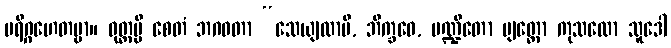
ပရိဂ္ဂဟေတဗ္ဗာ။ ဝုတ္တမ္ပိ စေတံ ဘဂဝတာ “သေယျထာပိ, ဘိက္ခဝေ, ပဏ္ဍိတော ဗျတ္တော ကုသလော သူဒေါ